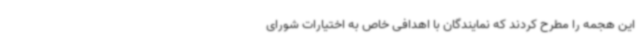
این هجمه را مطرح کردند که نمایندگان با اهدافی خاص به اختیارات شورای